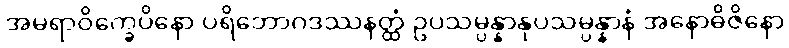
အမရာဝိက္ခေပိနော ပရိဘောဂဒဿနတ္ထံ ဥပသမ္ပန္နာနုပသမ္ပန္နာနံ အနောဓိဇိနော